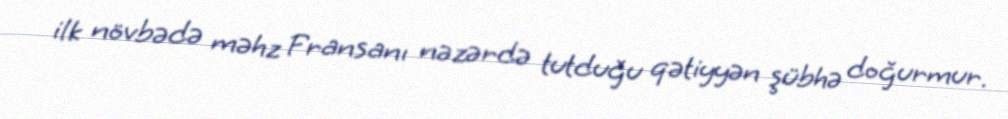
ilk növbədə məhz Fransanı nəzərdə tutduğu qətiyyən şübhə doğurmur.